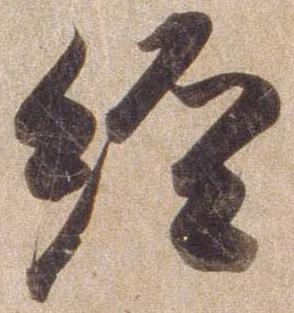
経